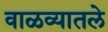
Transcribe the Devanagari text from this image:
वाळव्यातले